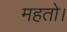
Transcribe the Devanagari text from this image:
महतो।